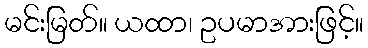
မင်းမြတ်။ ယထာ၊ ဥပမာအားဖြင့်။